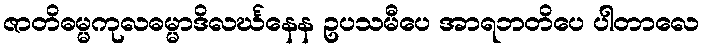
ဇာတိဓမ္မကုလဓမ္မာဒိလင်္ဃနေန ဥပသမီပေ အာရဘတိပေ ပါတာလေ